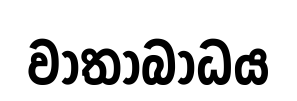
වාතාබාධය